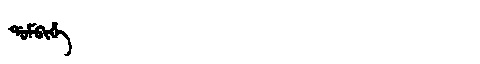
Manchu: ᡩᠣᠮᠪᡳᡥᡝ
Romanization: DOMBIHE